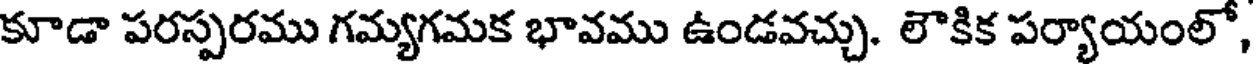
కూడా పరస్పరము గమ్యగమక భావము ఉండవచ్చు. లౌకిక పర్యాయంలో,